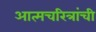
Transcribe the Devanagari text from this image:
आत्मचरित्रांची